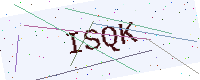
Text: ISQK